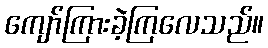
ကျော်ကြားခဲ့ကြလေသည်။